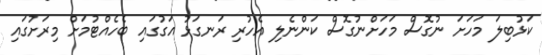
ކަޅުބިލަ މަހަށަ ނުގޮސް މަހަށްނުގޮސް ކަންނެލި އެހުރި ރަނގަޅު އަގުގައި ބެހެއްޓުމަށް މިރަށުގައި